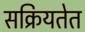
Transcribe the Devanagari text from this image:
सक्रियतेत